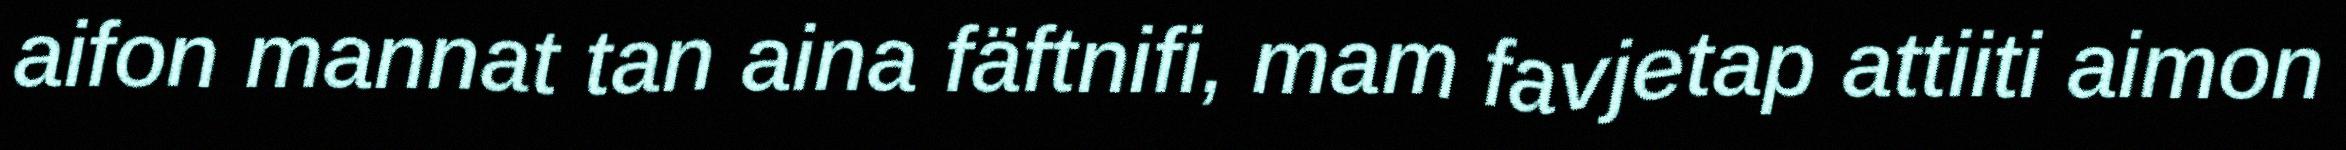
aifon mannat tan aina fäftnifi, mam favjetap attiiti aimon